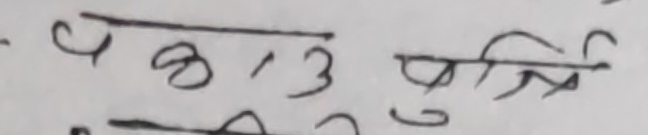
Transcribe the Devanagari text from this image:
जकेउपुत्र्ि